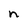
Character: n